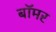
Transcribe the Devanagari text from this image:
बॉमर